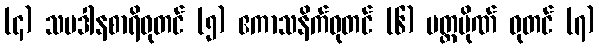
(၄) သပဒါနစာရိဓုတင် (၅) ဧကာသနိက်ဓုတင် (၆) ပတ္တပိုဏ် ဓုတင် (၇)